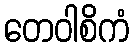
တေဝါစိကံ